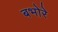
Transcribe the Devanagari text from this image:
बभोरे